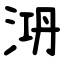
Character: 㳩